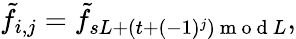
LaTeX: \begin{array}{r}{\tilde{f}_{i,j}=\tilde{f}_{sL+(t+(-1)^{j})\mathrm{~m~o~d~}L},}\end{array}